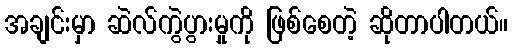
အချင်းမှာ ဆဲလ်ကွဲပွားမှုကို ဖြစ်စေတဲ့ ဆိုတာပါတယ်။